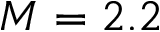
M = 2 . 2